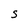
Character: S